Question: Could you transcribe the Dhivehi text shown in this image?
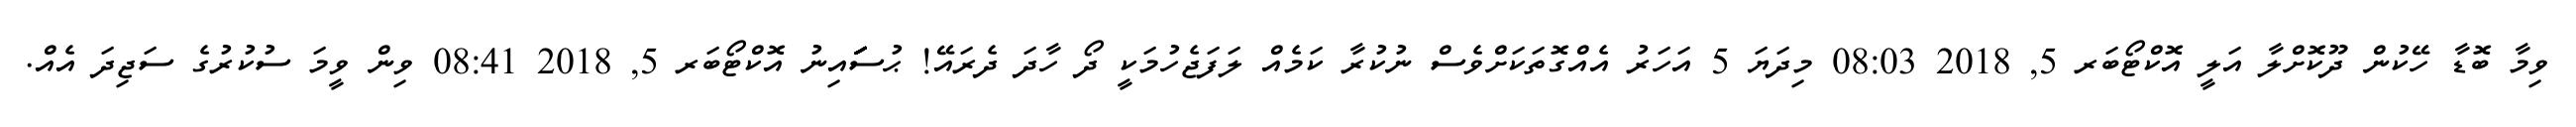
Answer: ވިމާ ބޮޑާ ހޭކުން ދޫކޮށްލާ އަލީ އޮކްޓޯބަރ 5, 2018 08:03 މިދަޔަ 5 އަހަރު އެއްގޮތަކަށްވެސް ނުކުރާ ކަމެއް ލަފަޖެހުމަކީ ދޯ ހާދަ ދެރައޭ! ޙުސަަަަަަަައިނު އޮކްޓޯބަރ 5, 2018 08:41 ވިން ވީމަ ސުކުރުގެ ސަޖިދަ އެއް.